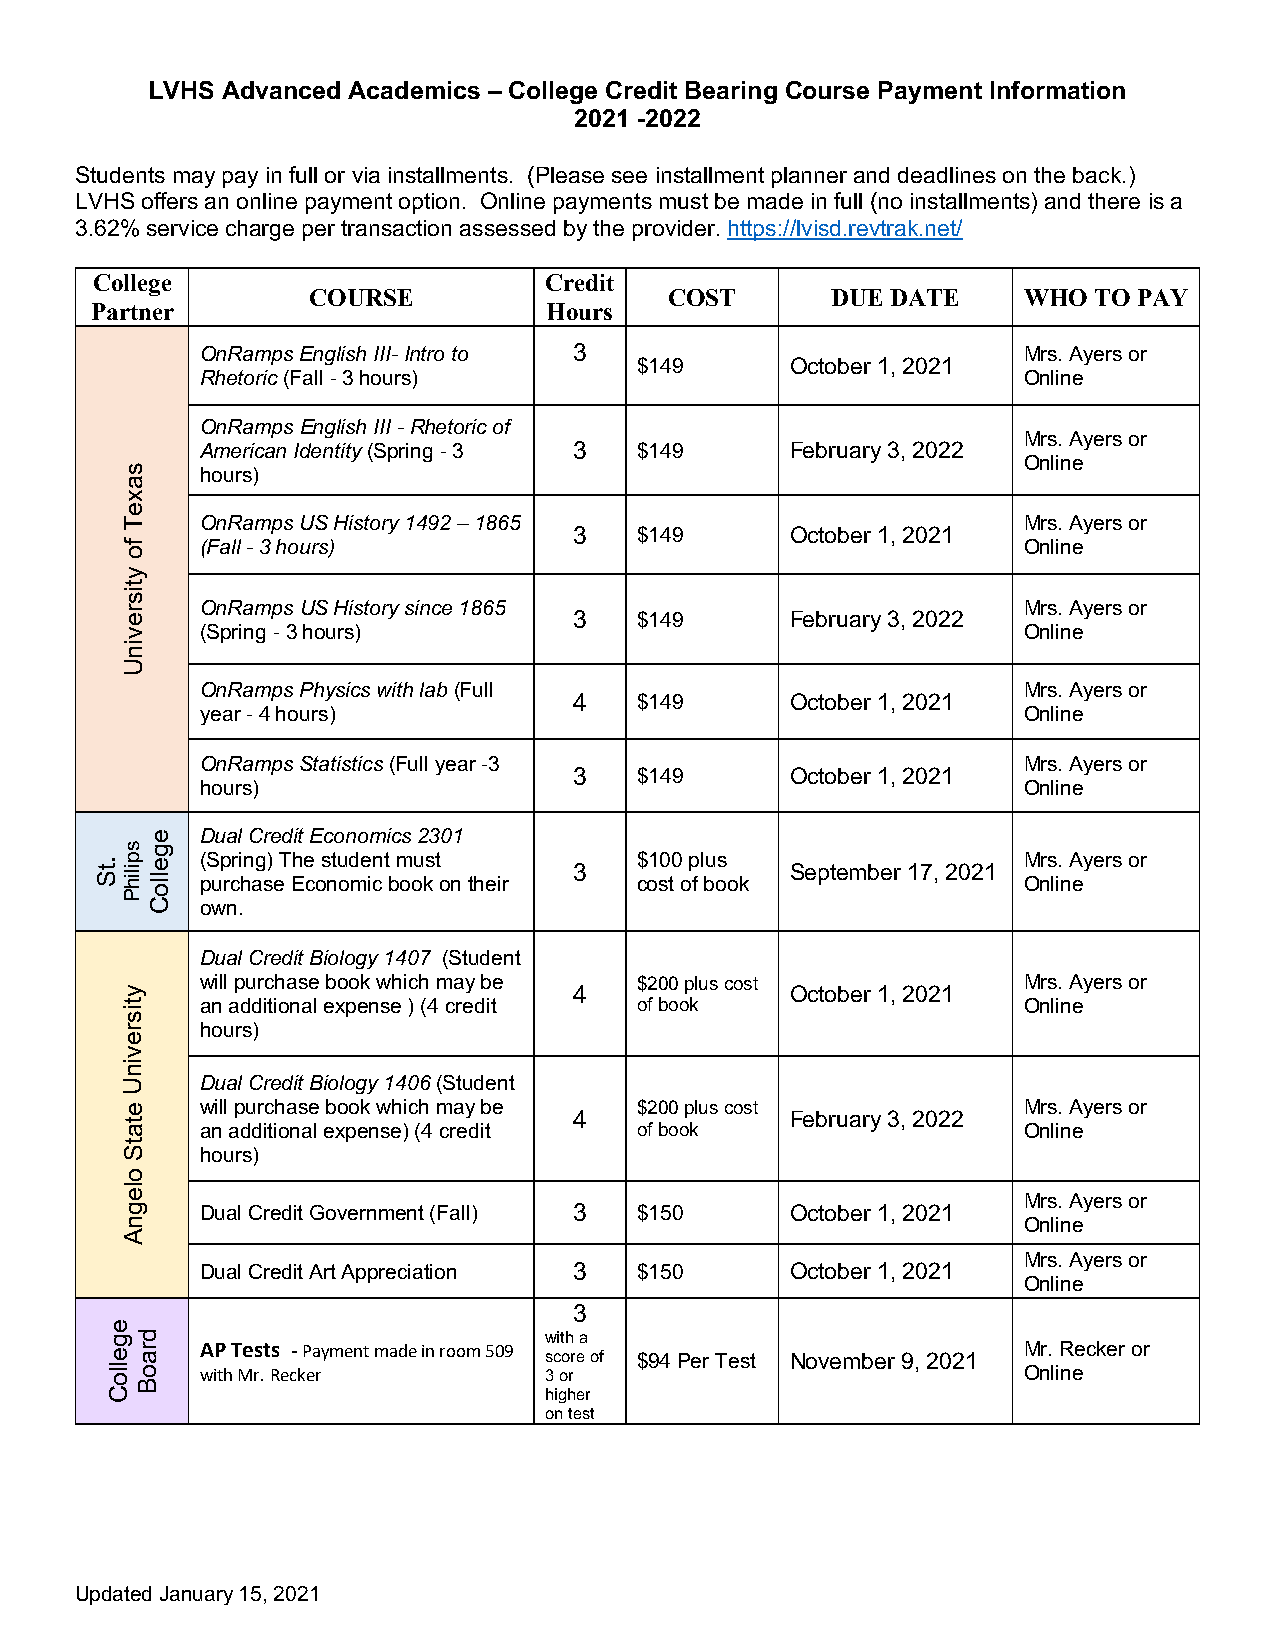
LVHS Advanced Academics – College Credit Bearing Course Payment Information
 2021 -2022
 Students may pay in full or via installments. (Please see installment planner and deadlines on the back.)
 LVHS offers an online payment option. Online payments must be made in full (no installments) and there is a
 3.62% service charge per transaction assessed by the provider. https://lvisd.revtrak.net/
 College                       Credit
 COURSE                  COST       DUE DATE     WHO TO PAY
 Partner                       Hours
 OnRamps English III- Intro to 3                        Mrs. Ayers or
 $149      October 1, 2021
 Rhetoric (Fall - 3 hours)                              Online
 OnRamps English III - Rhetoric of
 Mrs. Ayers or
 American Identity (Spring - 3 3 $149   February 3, 2022
 Online
 hours)
 OnRamps US History 1492 – 1865                         Mrs. Ayers or
 3   $149      October 1, 2021
 (Fall - 3 hours)                                       Online
 OnRamps US History since 1865                          Mrs. Ayers or
 3   $149      February 3, 2022
 (Spring - 3 hours)                                     Online
 OnRamps Physics with lab (Full                         Mrs. Ayers or
 4   $149      October 1, 2021
 year - 4 hours)                                        Online
 OnRamps Statistics (Full year -3                       Mrs. Ayers or
 3   $149      October 1, 2021
 hours)                                                 Online
 Dual Credit Economics 2301
 (Spring) The student must    $100 plus                 Mrs. Ayers or 3 September 17, 2021
 purchase Economic book on their cost of book           Online
 own.
 Dual Credit Biology 1407 (Student
 will purchase book which may be $200 plus cost         Mrs. Ayers or
 4             October 1, 2021
 an additional expense ) (4 credit of book              Online
 hours)
 Dual Credit Biology 1406 (Student
 will purchase book which may be $200 plus cost         Mrs. Ayers or
 4             February 3, 2022
 an additional expense) (4 credit of book               Online
 hours)
 Mrs. Ayers or
 Dual Credit Government (Fall) 3 $150   October 1, 2021
 Online
 Mrs. Ayers or
 Dual Credit Art Appreciation 3 $150    October 1, 2021
 Online
 3
 with a
 AP Tests - Payment made in room 509 score of $94 Per Test November 9, 2021 Mr. Recker or
 with Mr. Recker        3 or                            Online
 higher
 on test
 Updated January 15, 2021
 .tS
 egelloC
 saxeT
 fo
 ytisrevinU
 spilihP
 ytisrevinU
 etatS
 olegnA
 draoB
 egelloC